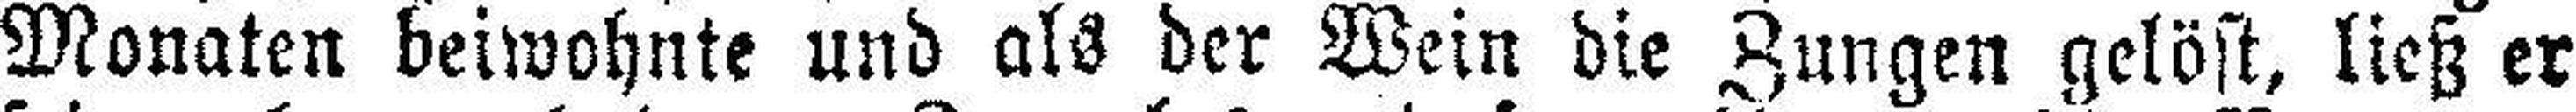
Monaten beiwohnte und als der Wein die Zungen gelöst, ließ er